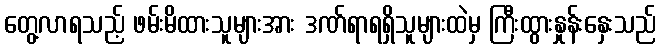
တွေ့လာရသည့် ဖမ်းမိထားသူများအား ဒဏ်ရာရရှိသူများထဲမှ ကြီးထွားနှုန်းနှေးသည်